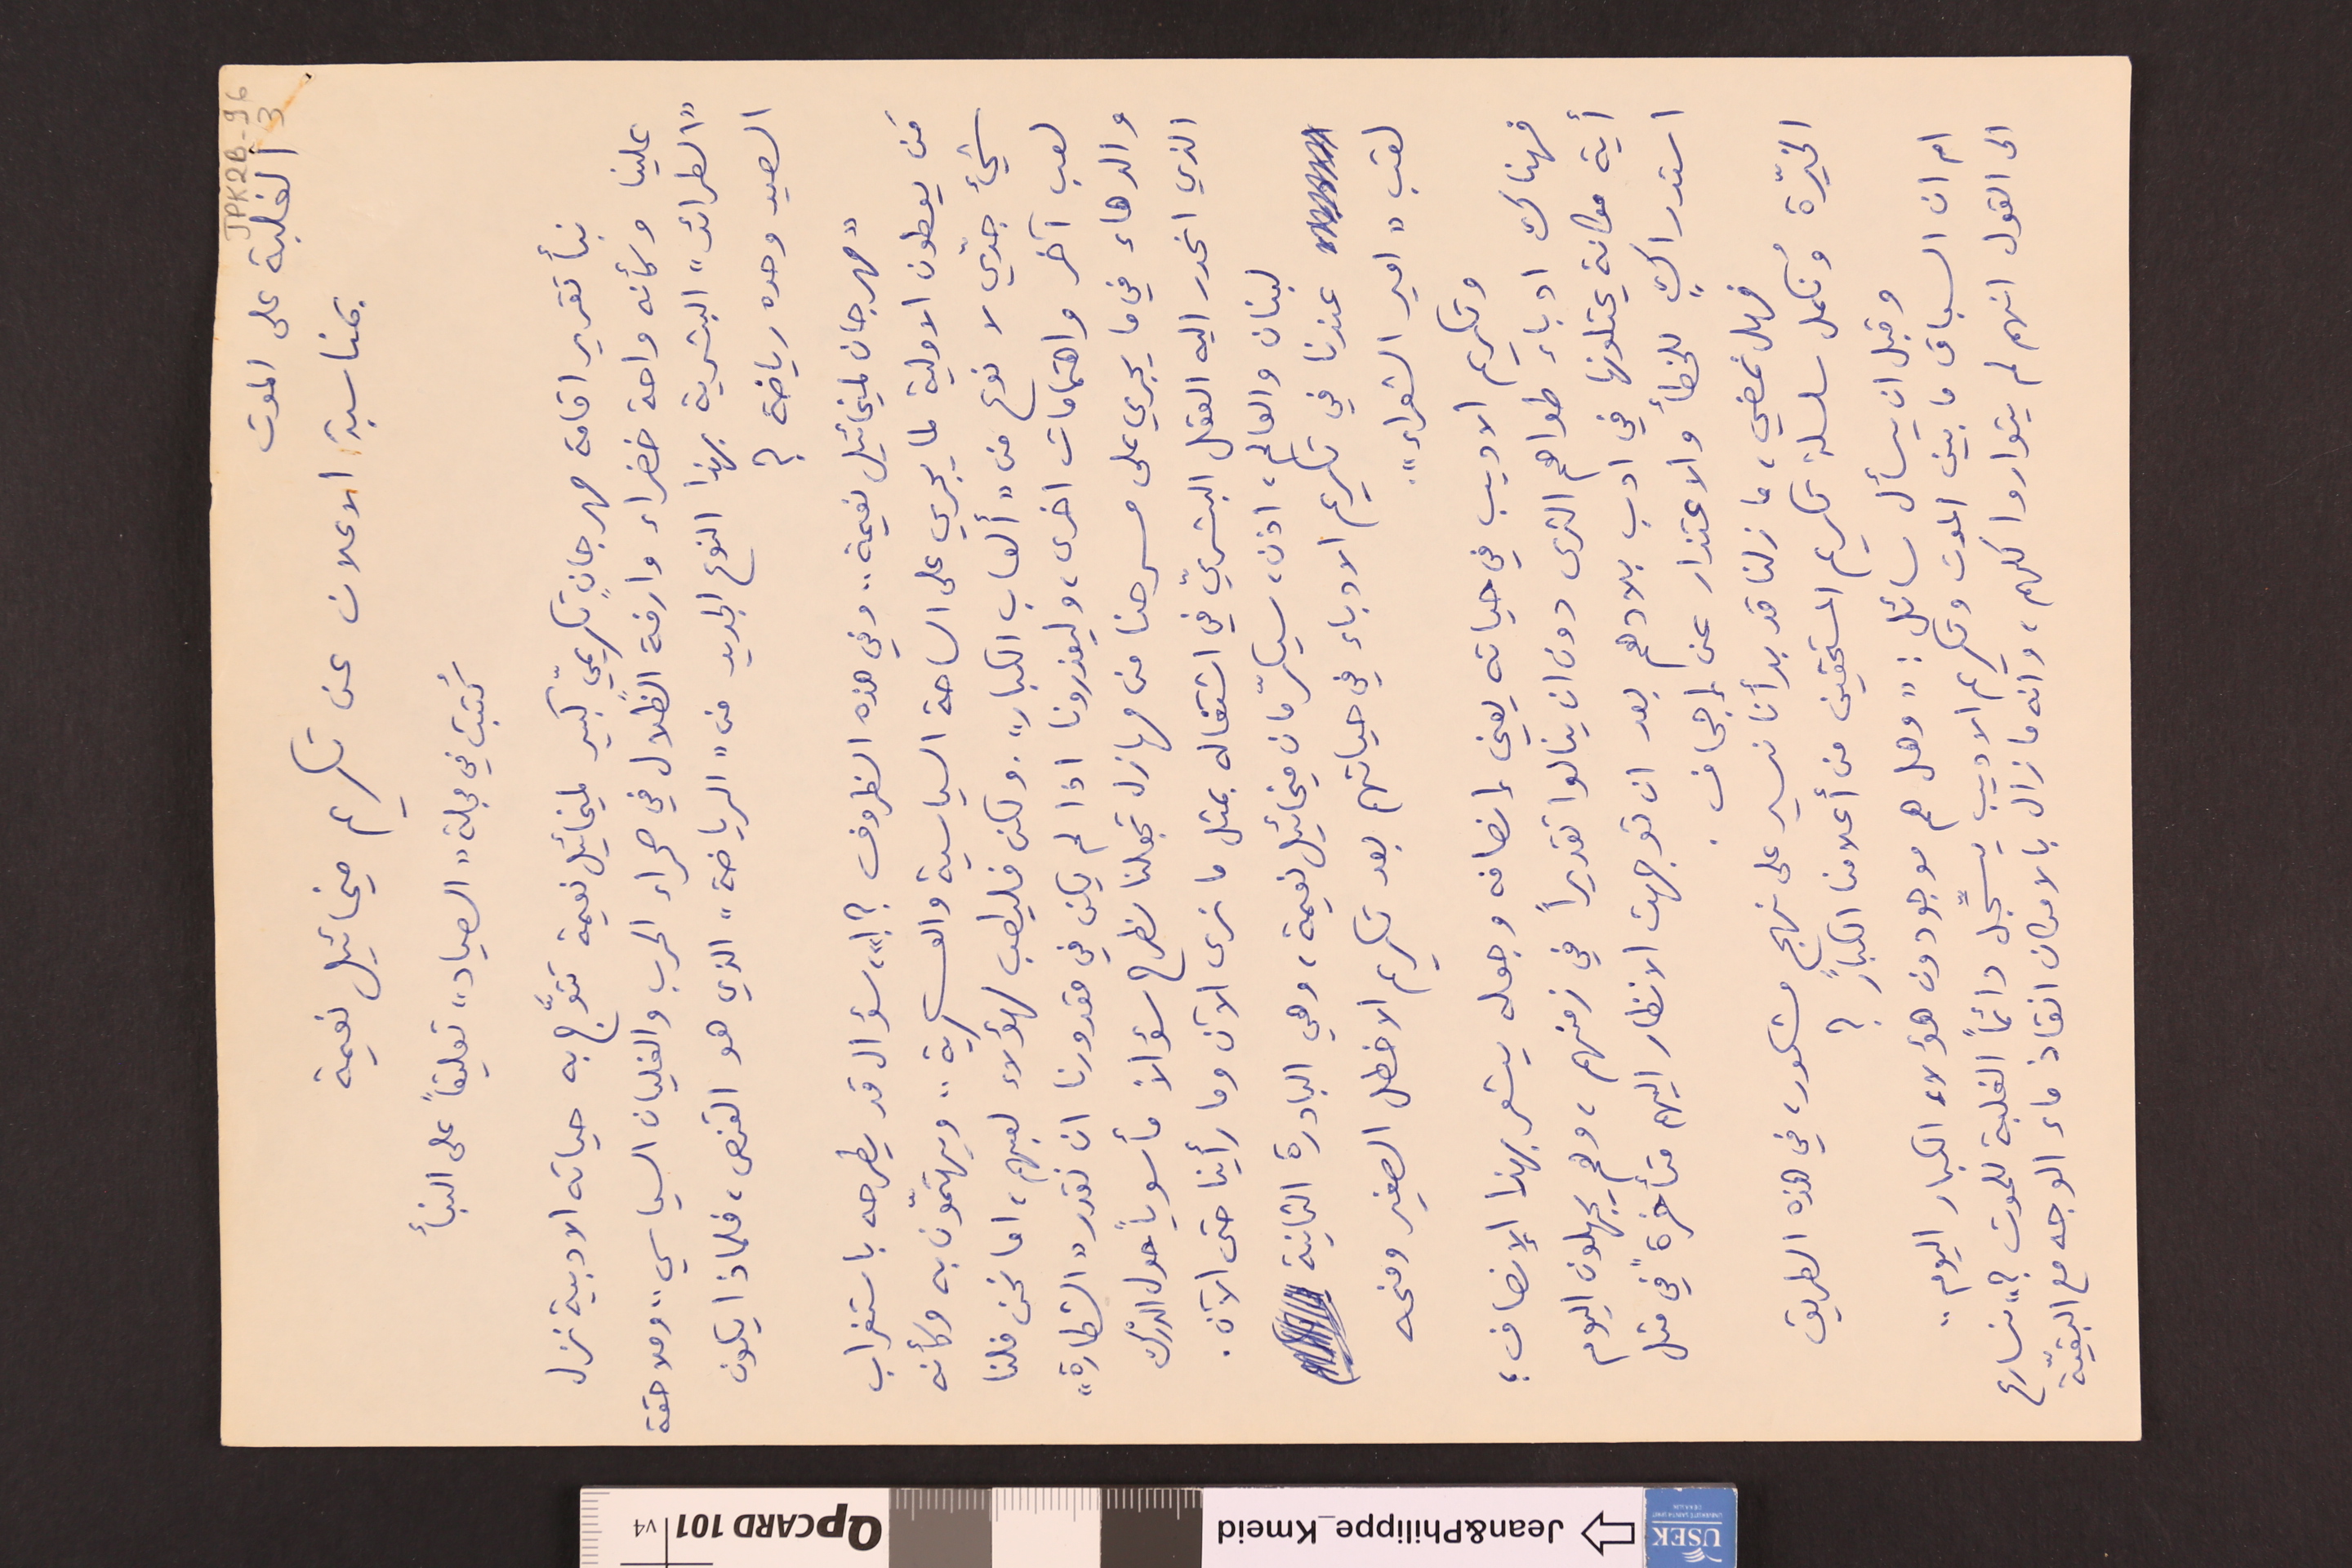
JPK2B-96			3
الغلبة على الموت
بمناسبة الاعلان عن تكريم ميخائيل نعيمة
كُتبت في مجلة "الصياد" تعليقاً على النبأ
نبأ تقرير اقامة مهرجانٍ تكريميٍّ كبير لميخائيل نعيمة تتوَّج به حياته الادبية نزل
علينا وكأنه واحة خضراء وارفة الظلال في صحراء الحرب والغليان السياسي .. وملاحقة
"الطرائد" البشرية بهذا النوع الجديد من "الرياضة" الذي هو القنص، فلماذا يكون
الصيد وحده رياضة ؟
"مهرجان لميخائيل نعيمة .. وفي هذه الظروف ؟ !"، سؤال قد يطرحه باستغراب
مَن يعطون الاولية لما يجري على الساحة السياسية والعسكرية .. ويهتمّون به وكأنه
شيء جدّي لا نوع من "ألعاب الكبار". ولكن فليطلب لهؤلاء لعبهم، اما نحن فلنا
لعب آخر واهتمامات اخرى، وليعذرونا اذا لم يكن في مقدورنا ان نقدر "الشطارة"
والدهاء في ما يجري على مسرحنا من مهازل تجعلنا نطرح سؤالاً مأسوياً حول الدْرك
الذي انحدر اليه العقل البشريّ في اشتغاله بمثل ما نرى الآن وما رأينا حتى الآن.
لبنان والعالم، اذن سيكرّمان ميخائيل نعيمة، وهي البادرة الثانية
عندنا في تكريم الادباء في حياتهم بعد تكريم الاخطل الصغير ومنحه
لقب "امير الشعراء".
وتكريم الاديب في حياته يعني إنصافه وجعله يشعر بهذا الإنصاف ؛
فهناك ادباء طواهم الثرى دون ان ينالوا تقديراً في زمنهم، وهم يجهلون اليوم
أية مكانة يحتلونها في ادب بلادهم بعد ان توجهت الانظار اليهم متأخرةً في مثل
استدراكٍ للخطأ والاعتذار عن إجحاف.
فهل نمضي، ما زلنا قد بأنا نسير على نهجٍ مشكور، في هذه الطريق
الخيّرة ونُكمل سلسلة تكريم المستحقين من أعلامنا الكبار ؟
وقبل ان يسأل سائل : "وهل هم موجودون هؤلاء الكبار اليوم ..
ام ان السباق ما بين الموت وتكريم الاديب يسجِّل دائماً الغلبة للموت ؟" نسارع
الى القول انهم لم يتواروا كلهم، وانه ما زال بالامكان انقاذ ماء الوجه مع البقيّة